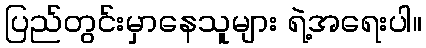
ပြည်တွင်းမှာနေသူများ ရဲ့အရေးပါ။